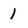
Character: 1